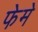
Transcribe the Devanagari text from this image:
फेमे